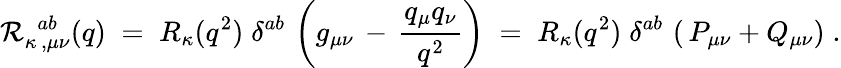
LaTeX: {\cal R}_{\kappa\, ,\mu\nu}^{\; \, ab}(q)\; =\; {R}_{\kappa}(q^{2})\; \delta^{ab}\, \left(g_{\mu\nu}\, -\, \frac{q_{\mu}q_{\nu}}{q^{2}}\right)\; =\; {R}_{\kappa}(q^{2})\; \delta^{ab}\, \left(\, P_{\mu\nu}+Q_{\mu\nu}\right)\; .